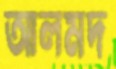
আলমদ